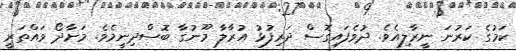
ކަމުގެ ކަރުނަ ނީރާލިއެވެ. ދުވެފައިގޮސް ދަރިފުޅު އުރާލާ މޫނުގާ ބޮސްދިނީމެވެ. މަށާދޯ ވައްތަރީ